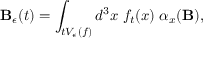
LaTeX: { \bf B } _ { \epsilon } ( t ) = \int _ { t V _ { \epsilon } ( f ) } d ^ { 3 } x \; f _ { t } ( x ) \; \alpha _ { x } ( { \bf B } ) ,